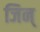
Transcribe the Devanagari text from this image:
जिन्